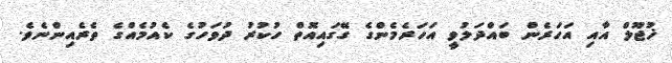
ޚުޖޫލް އާއި އަހަރެން ބައްދަލުވީ އަހަރެމެންގެ ގޭގައިއޮތް ހުކުރު ދުވަހުގެ ކެއުމެއްގެ ތެރެއިންނެވެ.